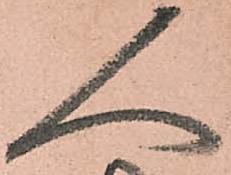
人